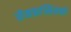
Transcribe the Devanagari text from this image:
सेनफ्रांसिसको